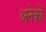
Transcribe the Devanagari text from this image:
अनेकोँ